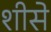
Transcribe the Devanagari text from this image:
शीसे